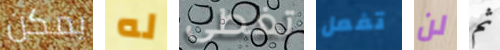
يمكن له تغطى تفعل لن ثم